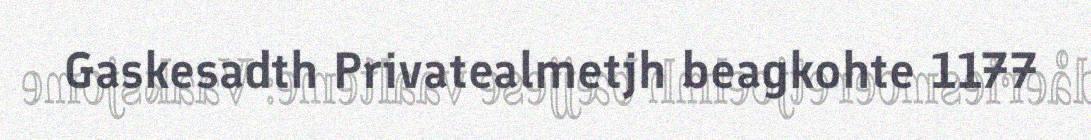
Gaskesadth Privatealmetjh beagkohte 1177